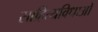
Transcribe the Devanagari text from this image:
साहित्यविधाओं